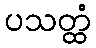
ပသတ္ထံ